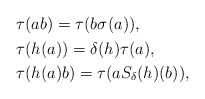
\begin{align*}\begin{aligned}&\tau(ab)=\tau(b \sigma^{}(a)),\\&\tau(h(a))=\delta(h)\tau(a),\\&\tau(h(a)b)=\tau(a S_{\delta}(h)(b)),\end{aligned}\end{align*}